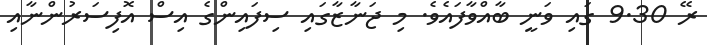
ރޭ 9.30 ގައި ވަނީ ބާއްވާފައެވެ. މި ޖަނާޒާގައި ސިފައިންގެ އިސް އޮފިސަރުންނާއި